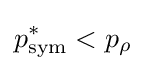
p_{\text{sym}}^{*}<p_{\rho }